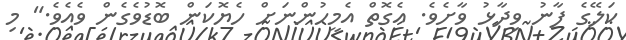
ކަލޭގެ ފާނު ވިދާޅު ވާށެވެ. އެގޮތް އެމީހުންނަށް ހެޔޮކަން ބޮޑުވެގެން ވެއެވެ." މި